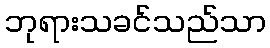
ဘုရားသခင်သည်သာ